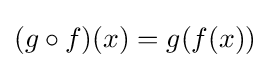
\left(g\circ f\right)\!\left(x\right)=g\!\left(f\!\left(x\right)\right)